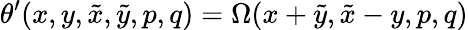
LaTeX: \theta^{\prime}(x,y,\tilde{x},\tilde{y},p,q)=\Omega(x+\tilde{y},\tilde{x}-y,p,q)